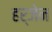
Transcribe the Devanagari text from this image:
हर्जेन